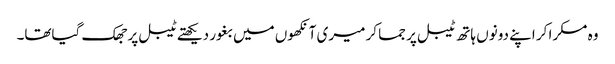
وہ مسکرا کر اپنے دونوں ہاتھ ٹیبل پر جما کر میری آنکھوں میں بغور دیکھتے ٹیبل پر جھک گیاتھا۔